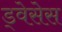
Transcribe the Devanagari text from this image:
ड्वेसेस